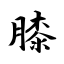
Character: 膝